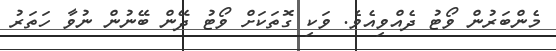
މެންބަރުން ވޯޓު ދެއްވިއެވެ. ވަކި ގޮތަކަށް ވޯޓު ދޭން ބޭނުން ނުވާ ހަތަރު